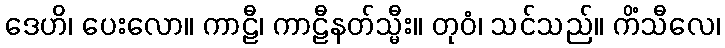
ဒေဟိ၊ ပေးလော။ ကာဠီ၊ ကာဠီနတ်သ္မီး။ တုဝံ၊ သင်သည်။ ကိံသီလေ၊